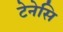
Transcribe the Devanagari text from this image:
टेनेसि